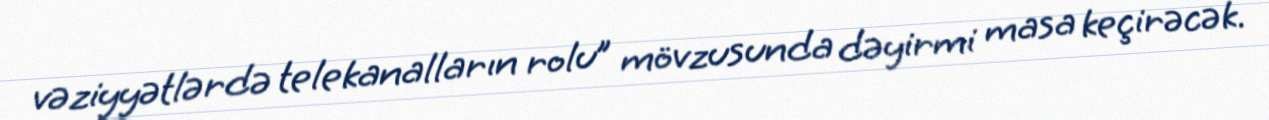
vəziyyətlərdə telekanalların rolu” mövzusunda dəyirmi masa keçirəcək.